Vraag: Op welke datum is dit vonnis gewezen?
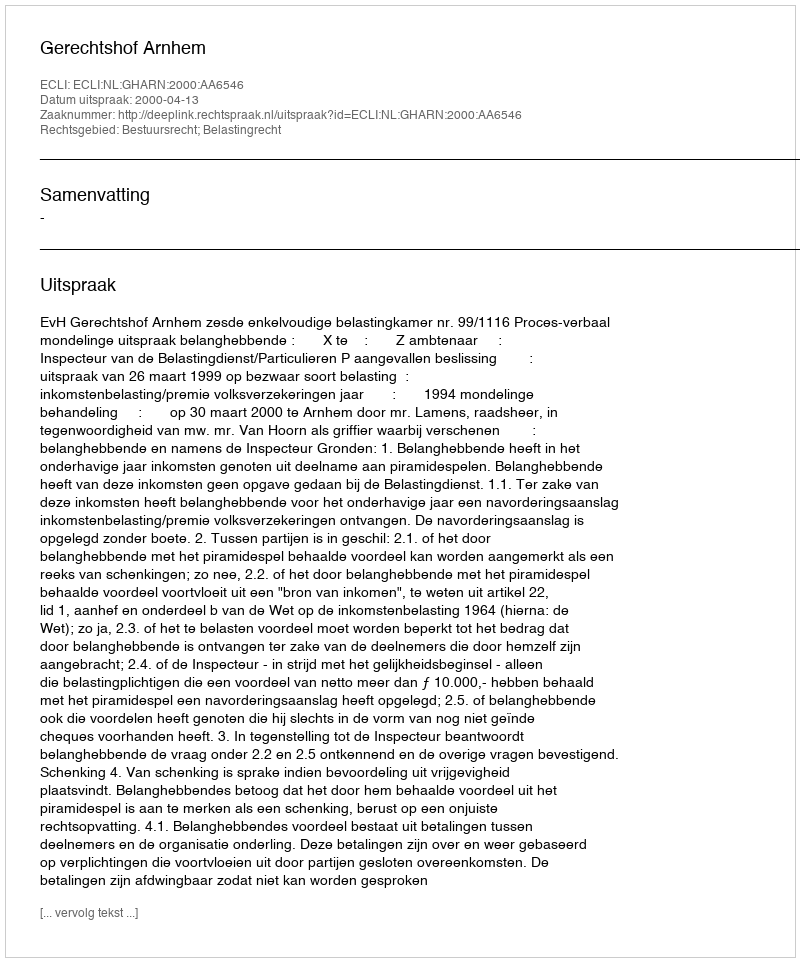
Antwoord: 2000-04-13